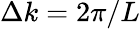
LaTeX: \Delta k=2\pi/L